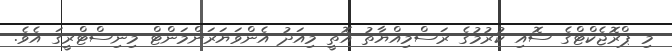
މި ޕްރޮޖެކްޓްގެ ސޮއި ކުރުމުގެ ރަސްމިއްޔާތު އޮތީ މިއަދު އެންވަޔަރަންމަންޓް މިނިސްޓްރީގަ އެވެ.